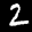
Label: 2